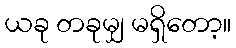
ယခု တခုမျှ မရှိတော့။